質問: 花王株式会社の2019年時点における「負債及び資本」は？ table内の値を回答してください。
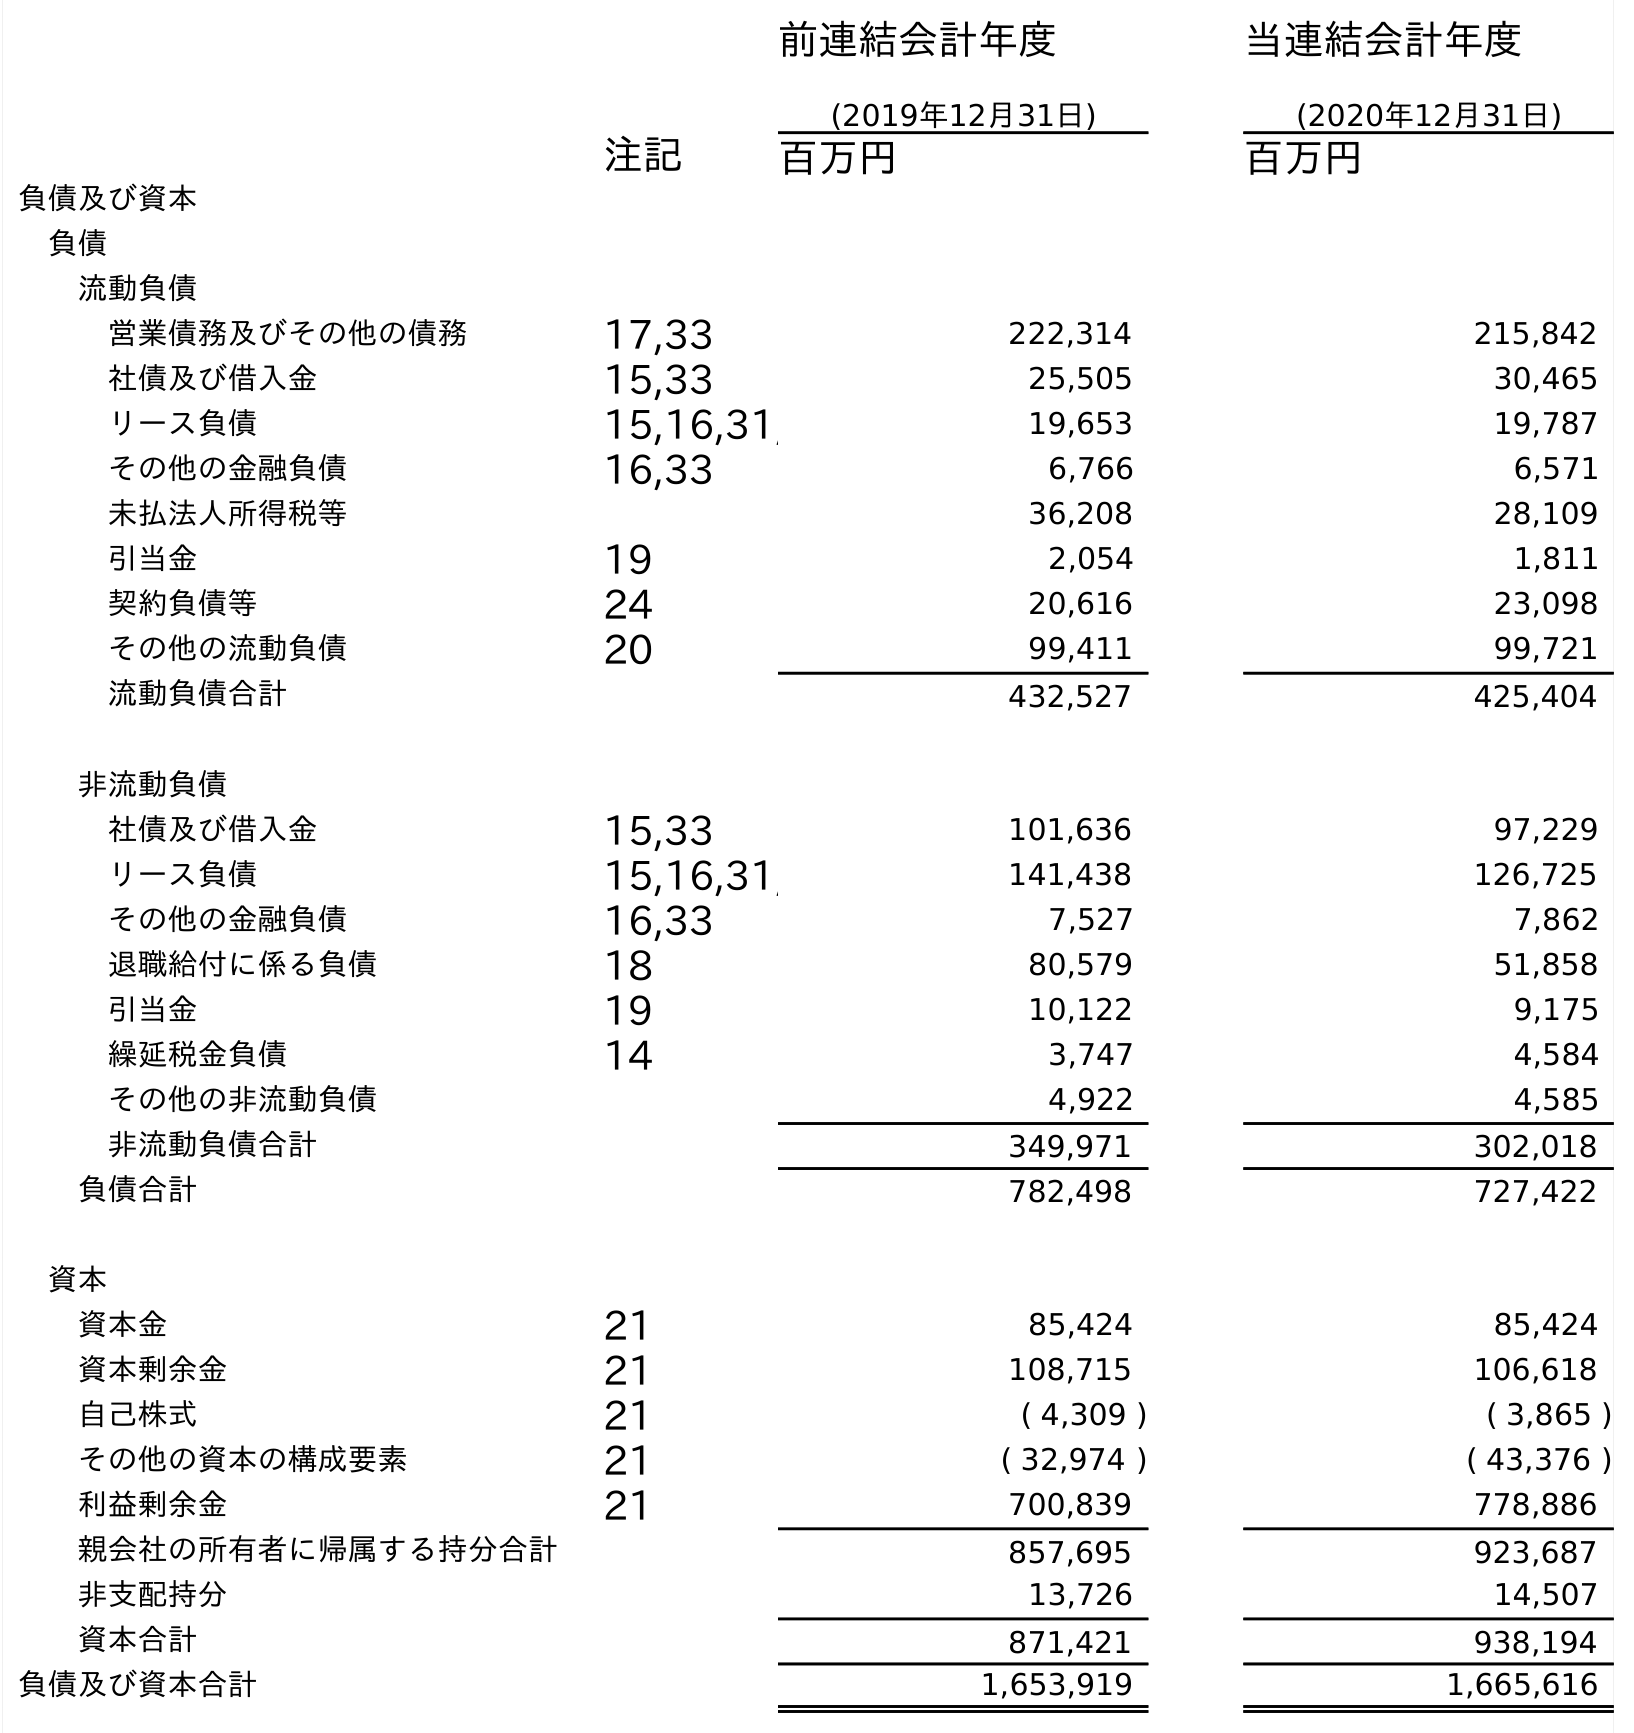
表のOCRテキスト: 前連結会計年度 (2019年12月31日) 当連結会計年度 (2020年12月31日) 注記 百万円 百万円 負債及び資本 負債 流動負債 営業債務及びその他の債務 17,33 222,314 215,842 社債及び借入金 15,33 25,505 30,465 リース負債 15,16,31, 19,653 19,787 その他の金融負債 16,33 6,766 6,571 未払法人所得税等 36,208 28,109 引当金 19 2,054 1,811 契約負債等 24 20,616 23,098 その他の流動負債 20 99,411 99,721 流動負債合計 432,527 425,404 非流動負債 社債及び借入金 15,33 101,636 97,229 リース負債 15,16,31, 141,438 126,725 その他の金融負債 16,33 7,527 7,862 退職給付に係る負債 18 80,579 51,858 引当金 19 10,122 9,175 繰延税金負債 14 3,747 4,584 その他の非流動負債 4,922 4,585 非流動負債合計 349,971 302,018 負債合計 782,498 727,422 資本 資本金 21 85,424 85,424 資本剰余金 21 108,715 106,618 自己株式 21 ( 4,309 ) ( 3,865 ) その他の資本の構成要素 21 ( 32,974 ) ( 43,376 ) 利益剰余金 21 700,839 778,886 親会社の所有者に帰属する持分合計 857,695 923,687 非支配持分 13,726 14,507 資本合計 871,421 938,194 負債及び資本合計 1,653,919 1,665,616
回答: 1,653,919